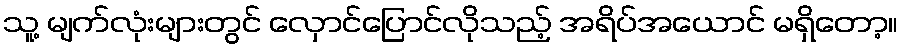
သူ့ မျက်လုံးများတွင် လှောင်ပြောင်လိုသည့် အရိပ်အယောင် မရှိတော့။